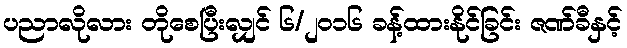
ပညာလိုလား တိုစေပြီးလျှင် ၆/၂၀၁၆ ခန့်ထားနိုင်ခြင်း ဇဏ်ခီနှင့်